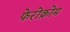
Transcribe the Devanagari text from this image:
फेरोक्रोम